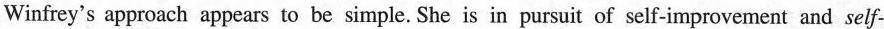
Winfrey's approach appears to be simple. She is in pursuit of self-improvement and self-